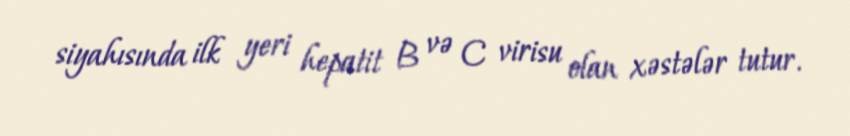
siyahısında ilk yeri hepatit B və C virisu olan xəstələr tutur.